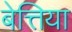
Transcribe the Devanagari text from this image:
बेत्तिया